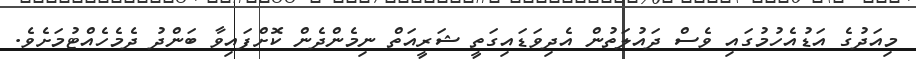
މިއަދުގެ އަޑުއެހުމުގައި ވެސް ދައުލަތުން އެދިވަޑައިގަތީ ޝަރީއަތް ނިމެންދެން ކޮށްފައިވާ ބަންދު ދެމެހެއްޓުމަށެވެ.